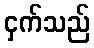
ငှက်သည်